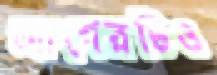
আগেরটিও